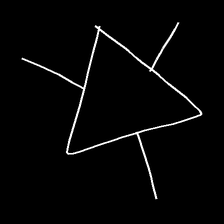
Glyph: fire